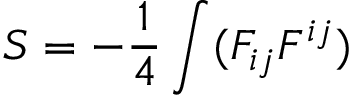
S = - \frac 1 4 \int ( F _ { i j } F ^ { i j } )